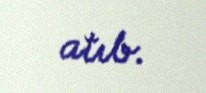
atıb.